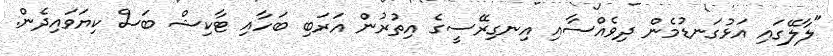
"ލާލޭގައި އަޅުގަނޑުމެން ދިވެއްސާއި އިނގިރޭސީގެ އިތުރުން އަރަބި ބަހާއި ޓާކިޝް ބަސް ކިޔަވައިދެން.